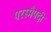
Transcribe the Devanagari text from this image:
परस्मैपदी